Annual report of the Punjab Veterinary College and of the Civil Veterinary Department, Punjab - 1920-1925
Year: 1920
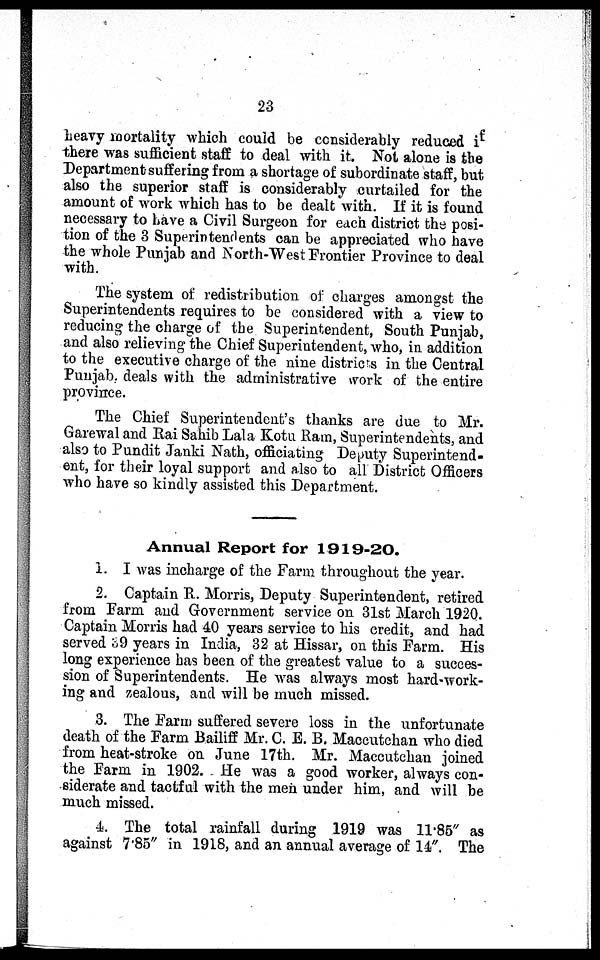
23
heavy mortality which could be considerably reduced if
there was sufficient staff to deal with it. Not alone is the
Department suffering from a shortage of subordinate staff, but
also the superior staff is considerably curtailed for the
amount of work which has to be dealt with. If it is found
necessary to have a Civil Surgeon for each district the posi-
tion of the 3 Superintendents can be appreciated who have
the whole Punjab and North-West Frontier Province to deal
with.
The system of redistribution of charges amongst the
Superintendents requires to be considered with a view to
reducing the charge of the Superintendent, South Punjab,
and also relieving the Chief Superintendent, who, in addition
to the executive charge of the nine districts in the Central
Punjab, deals with the administrative work of the entire
province.
The Chief Superintendent's thanks are due to Mr.
Garewal and Rai Sahib Lala Kotu Ram, Superintendents, and
also to Pundit Janki Nath, officiating Deputy Superintend-
ent, for their loyal support and also to all District Officers
who have so kindly assisted this Department.
Annual Report for 1919-20.
1. I was incharge of the Farm throughout the year.
2. Captain R. Morris, Deputy Superintendent, retired
from Farm and Government service on 31st March 1920.
Captain Morris had 40 years service to his credit, and had
served 39 years in India, 32 at Hissar, on this Farm. His
long experience has been of the greatest value to a succes-
sion of Superintendents. He was always most hard-work-
ing and zealous, and will be much missed.
3. The Farm suffered severe loss in the unfortunate
death of the Farm Bailiff Mr. C. E. B. Maccutchan who died
from heat-stroke on June 17th. Mr. Maccutchan joined
the Farm in 1902. He was a good worker, always con-
siderate and tactful with the men under him, and will be
much missed.
4. The total rainfall during 1919 was 11.85" as
against 7.85" in 1918, and an annual average of 14". The